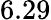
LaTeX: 6.29